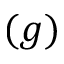
( g )